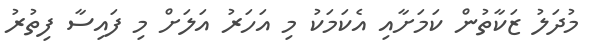
މުދަލު ޒަކާތުން ކަމަށާއި އެކަމަކު މި އަހަރު އަލަށް މި ފައިސާ ފިތުރު